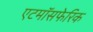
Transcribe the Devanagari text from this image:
एटमॉसफेरिक